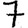
Digit: 7